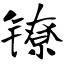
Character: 镣